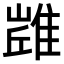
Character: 𨿻